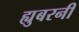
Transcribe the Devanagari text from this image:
ह्युबरनी